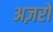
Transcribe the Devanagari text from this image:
अज़रों